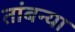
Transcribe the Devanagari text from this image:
तांबन्या